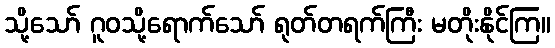
သို့သော် ဂူဝသို့ရောက်သော် ရုတ်တရက်ကြီး မတိုးနိုင်ကြ။